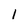
Character: 1